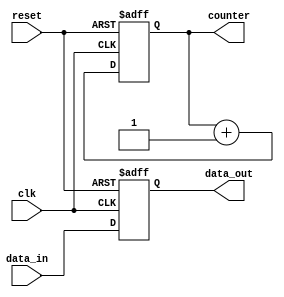
module reset_condition_example (
    input wire clk,      // Clock signal
    input wire reset,    // Active-high reset signal
    input wire [7:0] data_in, // Example data input
    output reg [7:0] data_out, // Example data output
    output reg [3:0] counter // Example counter
);

// Initial state for registers
initial begin
    data_out = 8'b0;   // Initialize data_out to 0
    counter = 4'b0;    // Initialize counter to 0
end

// Synchronous reset logic
always @(posedge clk or posedge reset) begin
    if (reset) begin
        // Reset condition: Initialize state variables
        data_out <= 8'b0;   // Reset data_out
        counter <= 4'b0;     // Reset counter
    end else begin
        // Normal operation
        // Example operation: Increment counter and assign data_in to data_out
        counter <= counter + 1; // Increment counter
        data_out <= data_in;    // Assign input data to output
    end
end

endmodule